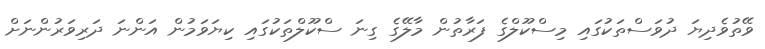
ވޭތުވެދިޔަ ދުވަސްތަކުގައި މިސްކޫލްގެ ފަރާތުން މާލޭގެ ގިނަ ސްކޫލްތަކުގައި ކިޔަވަމުން އަންނަ ދަރިވަރުންނަށް